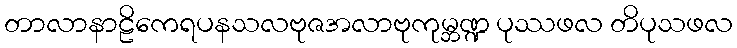
တာလာနာဠိကေရပနသလဗုဇအလာဗုကုမ္ဘဏ္ဍ ပုဿဖလ တိပုသဖလ